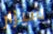
سيزار